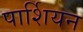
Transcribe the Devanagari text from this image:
पार्शियन